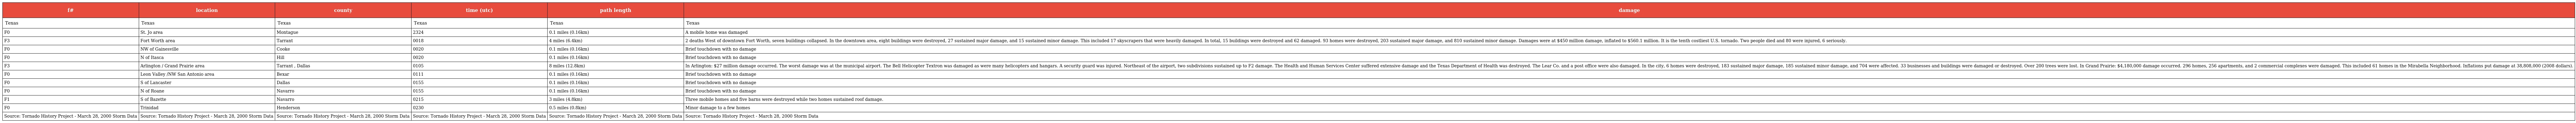
| f# | location | county | time (utc) | path length | damage |
 | --- | --- | --- | --- | --- | --- |
 | Texas | Texas | Texas | Texas | Texas | Texas |
 | F0 | St. Jo area | Montague | 2324 | 0.1 miles (0.16km) | A mobile home was damaged |
 | F3 | Fort Worth area | Tarrant | 0018 | 4 miles (6.4km) | 2 deaths West of downtown Fort Worth, seven buildings collapsed. In the downtown area, eight buildings were destroyed, 27 sustained major damage, and 15 sustained minor damage. This included 17 skyscrapers that were heavily damaged. In total, 15 buildings were destroyed and 62 damaged. 93 homes were destroyed, 203 sustained major damage, and 810 sustained minor damage. Damages were at $450 million damage, inflated to $560.1 million. It is the tenth costliest U.S. tornado. Two people died and 80 were injured, 6 seriously. |
 | F0 | NW of Gainesville | Cooke | 0020 | 0.1 miles (0.16km) | Brief touchdown with no damage |
 | F0 | N of Itasca | Hill | 0020 | 0.1 miles (0.16km) | Brief touchdown with no damage |
 | F3 | Arlington / Grand Prairie area | Tarrant , Dallas | 0105 | 8 miles (12.8km) | In Arlington: $27 million damage occurred. The worst damage was at the municipal airport. The Bell Helicopter Textron was damaged as were many helicopters and hangars. A security guard was injured. Northeast of the airport, two subdivisions sustained up to F2 damage. The Health and Human Services Center suffered extensive damage and the Texas Department of Health was destroyed. The Lear Co. and a post office were also damaged. In the city, 6 homes were destroyed, 183 sustained major damage, 185 sustained minor damage, and 704 were affected. 33 businesses and buildings were damaged or destroyed. Over 200 trees were lost. In Grand Prairie: $4,180,000 damage occurred. 296 homes, 256 apartments, and 2 commercial complexes were damaged. This included 61 homes in the Mirabella Neighborhood. Inflations put damage at 38,808,000 (2008 dollars). |
 | F0 | Leon Valley /NW San Antonio area | Bexar | 0111 | 0.1 miles (0.16km) | Brief touchdown with no damage |
 | F0 | S of Lancaster | Dallas | 0155 | 0.1 miles (0.16km) | Brief touchdown with no damage |
 | F0 | N of Roane | Navarro | 0155 | 0.1 miles (0.16km) | Brief touchdown with no damage |
 | F1 | S of Bazette | Navarro | 0215 | 3 miles (4.8km) | Three mobile homes and five barns were destroyed while two homes sustained roof damage. |
 | F0 | Trinidad | Henderson | 0230 | 0.5 miles (0.8km) | Minor damage to a few homes |
 | Source: Tornado History Project - March 28, 2000 Storm Data | Source: Tornado History Project - March 28, 2000 Storm Data | Source: Tornado History Project - March 28, 2000 Storm Data | Source: Tornado History Project - March 28, 2000 Storm Data | Source: Tornado History Project - March 28, 2000 Storm Data | Source: Tornado History Project - March 28, 2000 Storm Data |